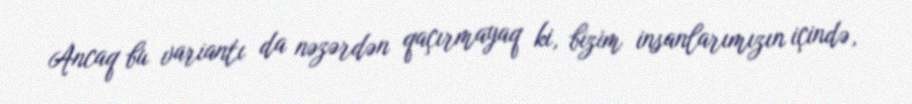
Ancaq bu variantı da nəzərdən qaçırmayaq ki, bizim insanlarımızın içində,